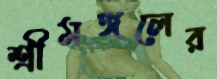
শ্রীমঙ্গলের